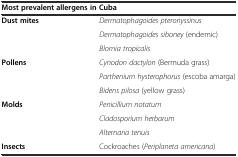
<table><thead><tr><td colspan="2"><b>Most prevalent allergens in Cuba</b></td></tr></thead><tbody><tr><td rowspan="3"><b>Dust mites</b></td><td><i>Dermatophagoides pteronyssinus</i></td></tr><tr><td><i>Dermatophagoides siboney</i> (endemic)</td></tr><tr><td><i>Blomia tropicalis</i></td></tr><tr><td rowspan="3"><b>Pollens</b></td><td><i>Cynodon dactylon</i> (Bermuda grass)</td></tr><tr><td><i>Parthenium hysterophorus</i> (escoba amarga)</td></tr><tr><td><i>Bidens pilosa</i> (yellow grass)</td></tr><tr><td rowspan="3"><b>Molds</b></td><td><i>Penicillium notatum</i></td></tr><tr><td><i>Cladosporium herbarum</i></td></tr><tr><td><i>Alternaria tenuis</i></td></tr><tr><td><b>Insects</b></td><td>Cockroaches (<i>Periplaneta americana</i>)</td></tr></tbody></table>